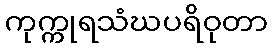
ကုက္ကုရသံဃပရိဝုတာ